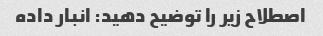
اصطلاح زیر را توضیح دهید: انبار داده